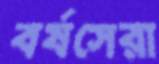
বর্ষসেরা